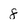
Character: 8